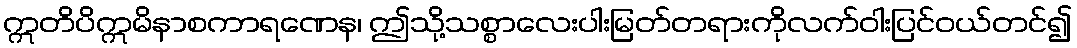
ဣတိပိဣမိနာစကာရဏေန၊ ဤသို့သစ္စာလေးပါးမြတ်တရားကိုလက်ဝါးပြင်ဝယ်တင်၍